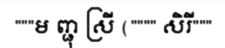
"""ម ញ្ជុ ស្រី ("""" សិរី"""